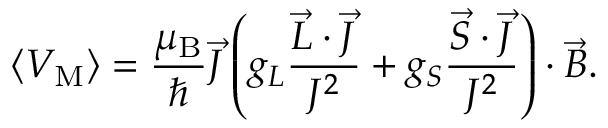
\langle V _ { \mathrm { { M } } } \rangle = { \frac { \mu _ { \mathrm { { B } } } } { \hbar } } { \vec { J } } \left( g _ { L } { \frac { { \vec { L } } \cdot { \vec { J } } } { J ^ { 2 } } } + g _ { S } { \frac { { \vec { S } } \cdot { \vec { J } } } { J ^ { 2 } } } \right) \cdot { \vec { B } } .